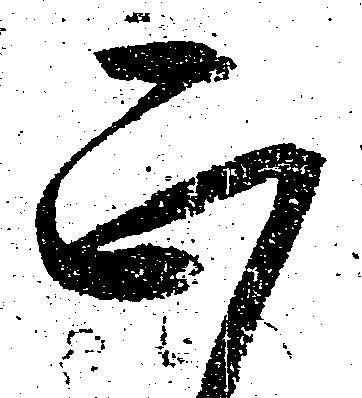
正